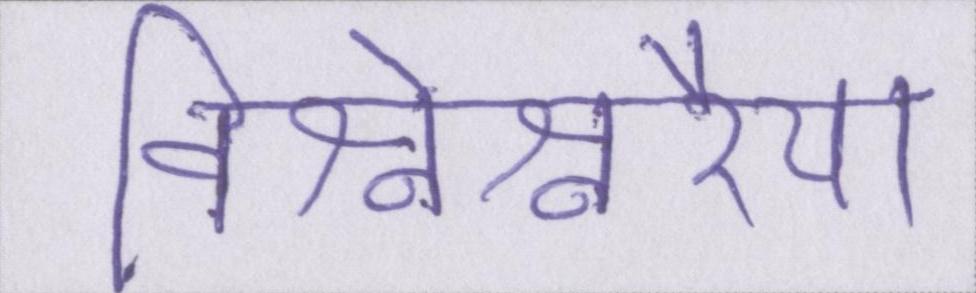
विश्वेश्वरैया